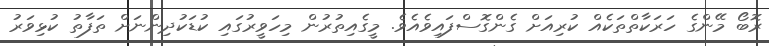
ރޮބޯ މޭންގެ ހަރަކާތްތަކެއް ކުރިއަށް ގެންގޮސްފައިވެއެވެ. މީގެއިތުރުން މިހަވީރުގައި ކުޑަކުދިންނަށް ތަފާތު ކުޅިވަރު